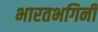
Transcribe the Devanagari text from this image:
भारतभगिनी